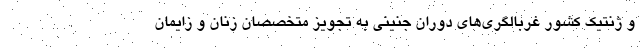
و ژنتیک کشور غربالگری‌های دوران جنینی به تجویز متخصصان زنان و زایمان